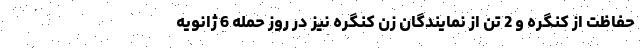
حفاظت از کنگره و 2 تن از نمایندگان زن کنگره نیز در روز حمله 6 ژانویه